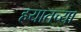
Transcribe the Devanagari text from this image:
हयातच्या